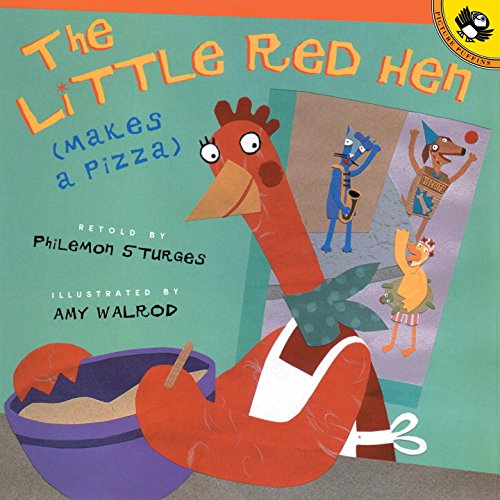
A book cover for The Little Red Hen (Makes a Pizza); Philomen Sturges; Literature & Fiction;